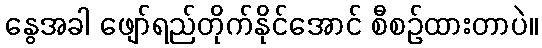
နွေအခါ ဖျော်ရည်တိုက်နိုင်အောင် စီစဉ်ထားတာပဲ။